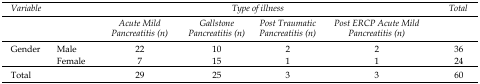
<table><thead><tr><td colspan="2"><b><i>Variable</i></b></td><td colspan="4"><b><i>Type of Illness</i></b></td><td><b><i>Total</i></b></td></tr><tr><td colspan="2"></td><td><b><i>Acute Mild Pancreatitis (n)</i></b></td><td><b><i>Gallstone Pancreatitis (n)</i></b></td><td><b><i>Post Traumatic Pancreatitis (n)</i></b></td><td><b><i>Post ERCP Acute Mild Pancreatitis (n)</i></b></td></tr></thead><tbody><tr><td rowspan="2">Gender</td><td>Male</td><td>22</td><td>10</td><td>2</td><td>2</td><td>36</td></tr><tr><td>Female</td><td>7</td><td>15</td><td>1</td><td>1</td><td>24</td></tr><tr><td colspan="2">Total</td><td>29</td><td>25</td><td>3</td><td>3</td><td>60</td></tr></tbody></table>